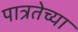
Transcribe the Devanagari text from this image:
पात्रतेच्या